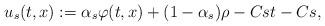
LaTeX: \begin{align*}u_s(t,x) := \alpha_s \varphi(t,x) + (1-\alpha_s) \rho -Cst -Cs,\end{align*}